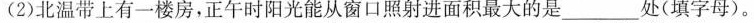
(2)北温带上有一楼房，正午时阳光能从窗口照射进面积最大的是___处(填字母)。